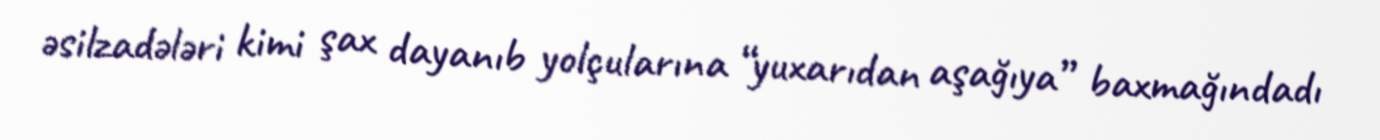
əsilzadələri kimi şax dayanıb yolçularına “yuxarıdan aşağıya” baxmağındadı